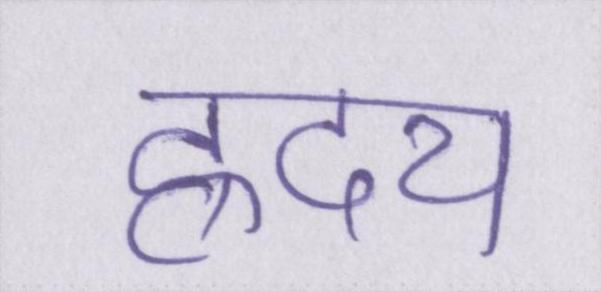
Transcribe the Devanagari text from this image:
ह्रदय